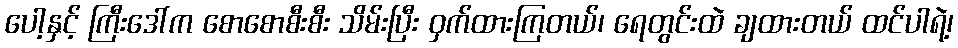
ပေါ့နှင့် ကြီးဒေါ်က စောစောစီးစီး သိမ်းပြီး ဝှက်ထားကြတယ်၊ ရေတွင်းထဲ ချထားတယ် ထင်ပါရဲ့၊